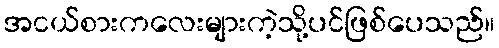
အငယ်စားကလေးများကဲ့သို့ပင်ဖြစ်ပေသည်။